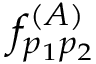
f _ { p _ { 1 } p _ { 2 } } ^ { ( A ) }